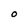
Character: O